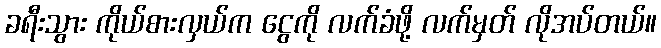
ခရီးသွား ကိုယ်စားလှယ်က ငွေကို လက်ခံဖို့ လက်မှတ် လိုအပ်တယ်။